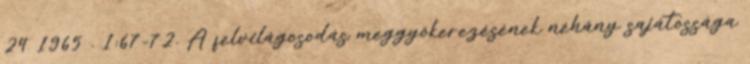
24 1965 . 1:67-72. A felvilágosodás meggyökerezésének néhány sajátossága